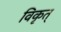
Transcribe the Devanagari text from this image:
विकृत्